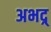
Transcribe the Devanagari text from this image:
अभद्र्